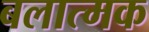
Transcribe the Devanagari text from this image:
बलात्मक